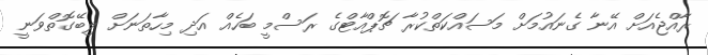
ރާއްޖެއަށް އޭނާ ގެނައުމަށް މަސައްކަތްކުރާ ޗޮޕްއާޓްގެ ރަސްމީ ބަހެއް އަދި މިހާތަނަށް ލިބޭގޮތްވަނީ